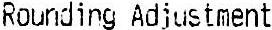
ROUNDING ADJUSTMENT